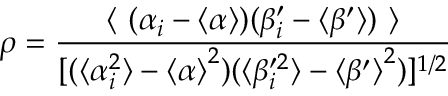
\rho = \frac { \langle ~ ( \alpha _ { i } - \langle \alpha \rangle ) ( \beta _ { i } ^ { \prime } - \langle \beta ^ { \prime } \rangle ) ~ \rangle } { [ ( \langle \alpha _ { i } ^ { 2 } \rangle - { \langle \alpha \rangle } ^ { 2 } ) ( \langle \beta _ { i } ^ { \prime 2 } \rangle - { \langle \beta ^ { \prime } \rangle } ^ { 2 } ) ] ^ { 1 / 2 } }